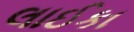
લાઈકા